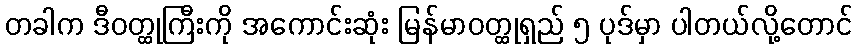
တခါက ဒီဝတ္ထုကြီးကို အကောင်းဆုံး မြန်မာဝတ္ထုရှည် ၅ ပုဒ်မှာ ပါတယ်လို့တောင်